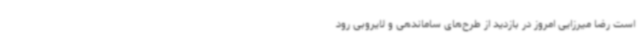
است رضا میرزایی امروز در بازدید از طرح‌های ساماندهی و لایروبی رود